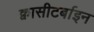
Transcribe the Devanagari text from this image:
क्वासीटर्बाइन